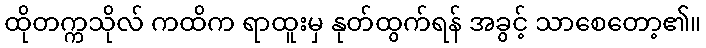
ထိုတက္ကသိုလ် ကထိက ရာထူးမှ နုတ်ထွက်ရန် အခွင့် သာစေတော့၏။